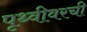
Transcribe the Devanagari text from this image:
पृथ्वीवरची